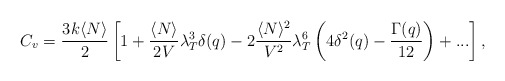
\begin{align*}C_v=\frac{3k\langle N\rangle}{2}\left[ 1+\frac{\langle N\rangle}{2V}\lambda_T^3\delta(q)-2\frac{\langle N\rangle^2}{V^2}\lambda_T^6\left(4\delta^2(q)-\frac{\Gamma(q)}{12}\right)+...\right],\end{align*}